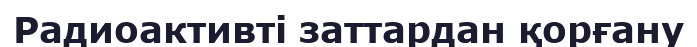
Радиоактивті заттардан қорғану